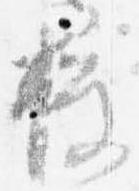
授